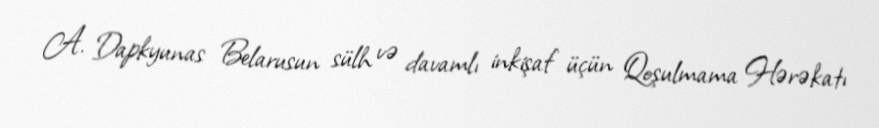
A. Dapkyunas Belarusun sülh və davamlı inkişaf üçün Qoşulmama Hərəkatı